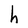
Character: h